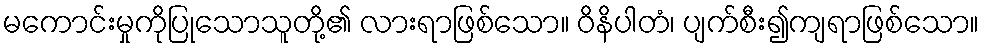
မကောင်းမှုကိုပြုသောသူတို့၏ လားရာဖြစ်သော။ ဝိနိပါတံ၊ ပျက်စီး၍ကျရာဖြစ်သော။